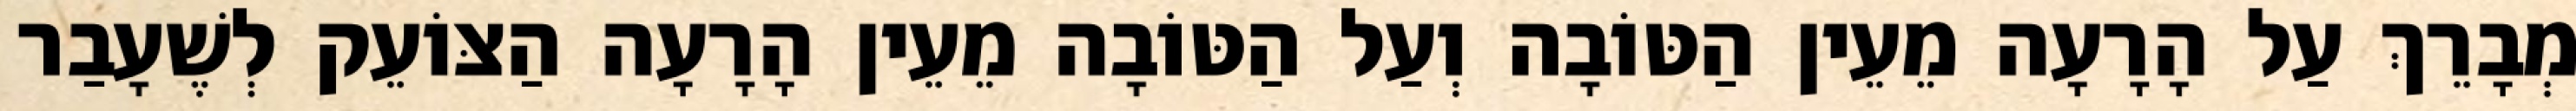
מְבָרֵךְ עַל הָרָעָה מֵעֵין הַטּוֹבָה וְעַל הַטּוֹבָה מֵעֵין הָרָעָה הַצּוֹעֵק לְשֶׁעָבַר